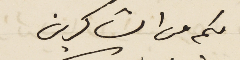
لكم من الشاكرين